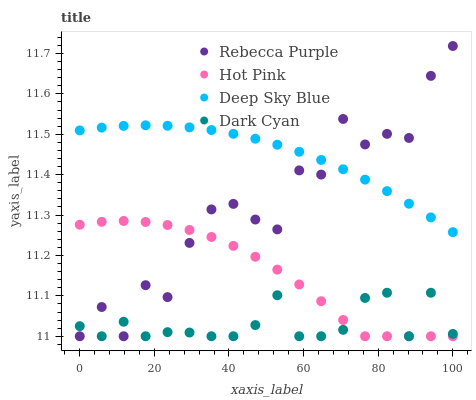
| xaxis_label | Rebecca Purple | Hot Pink | Deep Sky Blue | Dark Cyan |
 | --- | --- | --- | --- | --- |
 | 0 | 11 | 11.3 | 11.5 | 11 |
 | 5.88 | 11.1 | 11.3 | 11.5 | 11 |
 | 11.8 | 11 | 11.3 | 11.5 | 11 |
 | 17.6 | 11.1 | 11.3 | 11.5 | 11 |
 | 23.5 | 11.1 | 11.3 | 11.5 | 11 |
 | 29.4 | 11.2 | 11.3 | 11.5 | 11 |
 | 35.3 | 11.3 | 11.2 | 11.5 | 11 |
 | 41.2 | 11.3 | 11.2 | 11.5 | 11 |
 | 47.1 | 11.3 | 11.2 | 11.5 | 11 |
 | 52.9 | 11.3 | 11.2 | 11.5 | 11.1 |
 | 58.8 | 11.4 | 11.1 | 11.5 | 11 |
 | 64.7 | 11.4 | 11.1 | 11.4 | 11 |
 | 70.6 | 11.5 | 11 | 11.4 | 11 |
 | 76.5 | 11.5 | 11 | 11.4 | 11.1 |
 | 82.4 | 11.5 | 11 | 11.4 | 11.1 |
 | 88.2 | 11.5 | 11 | 11.3 | 11 |
 | 94.1 | 11.6 | 11 | 11.3 | 11.1 |
 | 100 | 11.7 | 11 | 11.3 | 11 |